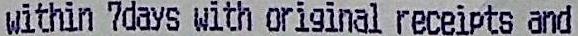
WITHIN 7DAYS WITH ORIGINAL RECEPTS AND